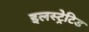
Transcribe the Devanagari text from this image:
इलस्ट्रेटिड